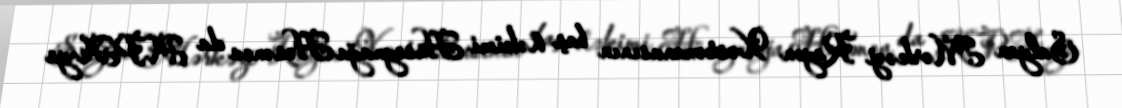
Salyan Mərkəzi Rayon Xəstəxanasının baş həkimi Hüseynağa Həsənov da APA-ya